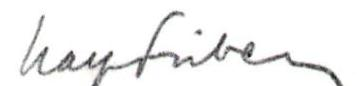
Ralf Friberg